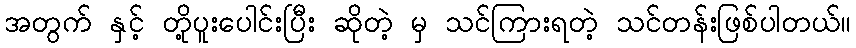
အတွက် နှင့် တို့ပူးပေါင်းပြီး ဆိုတဲ့ မှ သင်ကြားရတဲ့ သင်တန်းဖြစ်ပါတယ်။